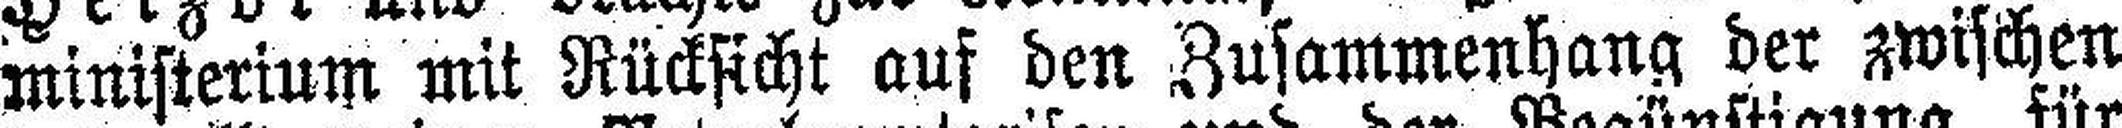
ministerium mit Rücksicht auf den Zusammenhang der zwischen